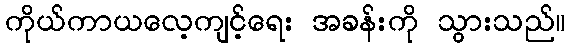
ကိုယ်ကာယလေ့ကျင့်ရေး အခန်းကို သွားသည်။